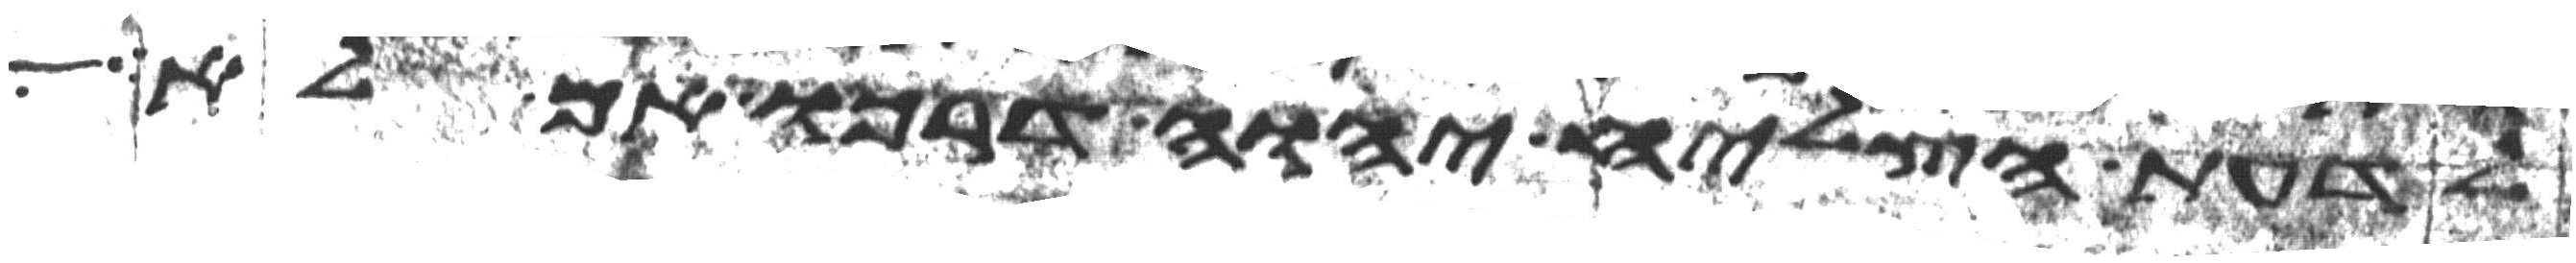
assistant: לדעת הצליח יהוה דרכו אם לא